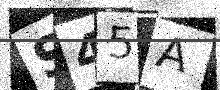
Text: S45A